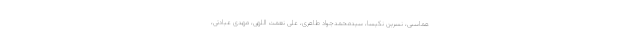
هماسبی، نسرین نکیسا، سیدمحمدجواد طاهری، علی نعمت اللهی، مهدی عبادتی،